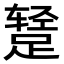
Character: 𫏕